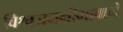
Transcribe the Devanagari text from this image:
विश्वजननीभावाने